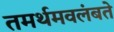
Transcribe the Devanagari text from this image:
तमर्थमवलंबते